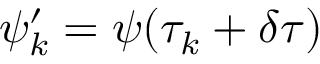
\psi _ { k } ^ { \prime } = \psi ( \tau _ { k } + \delta \tau )